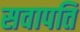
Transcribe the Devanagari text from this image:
सवापति